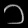
Digit: ၁